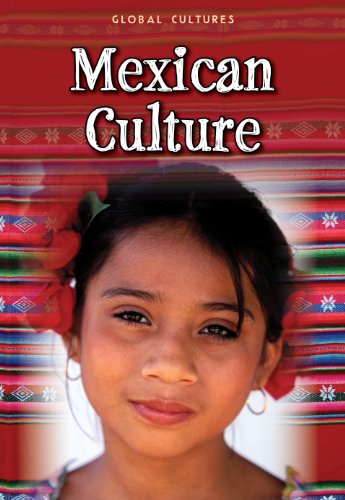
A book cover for Mexican Culture (Global Cultures); Lori McManus; Children's Books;